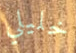
خليلي